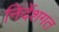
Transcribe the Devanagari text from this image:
निर्देशगत